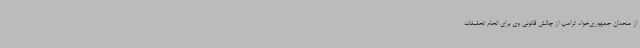
از متحدان جمهوری‌خواه ترامپ از چالش قانونی وی برای انجام تحقیقات